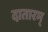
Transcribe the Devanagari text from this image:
दातारम्